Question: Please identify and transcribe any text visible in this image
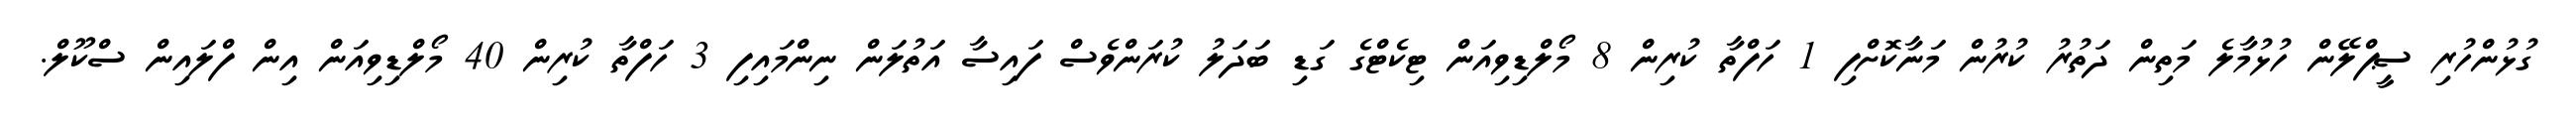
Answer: ގުޅުންހުރި ސީޕްލޭން ހުޅުމާލެ މަތިން ދަތުރު ކުރުން މަނާކޮށްފި 1 ހަފްތާ ކުރިން 8 މޯލްޑިވިއަން ޓިކެޓްގެ ގަޑި ބަދަލު ކުރަންވެސް ފައިސާ އަތުލަން ނިންމައިފި 3 ހަފްތާ ކުރިން 40 މޯލްޑިވިއަން އިން ފްލައިން ސްކޫލް.